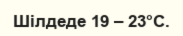
Шілдеде 19 – 23°С.